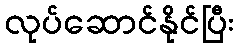
လုပ်ဆောင်နိုင်ပြီး